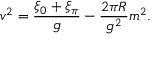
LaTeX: v ^ { 2 } = { \frac { \xi _ { 0 } + \xi _ { \pi } } { g } } - { \frac { 2 \pi R } { g ^ { 2 } } } m ^ { 2 } .